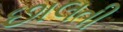
છાલતી